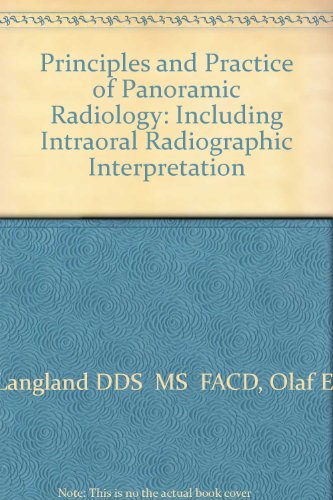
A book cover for Principles and Practice of Panoramic Radiology; Olaf Langland; Medical Books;